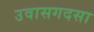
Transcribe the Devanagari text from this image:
उवासगदसा